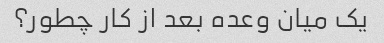
یک میان وعده بعد از کار چطور؟